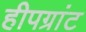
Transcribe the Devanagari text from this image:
हीपग्रांट